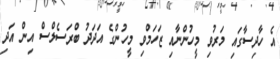
އެ ހާދިސާގައި މަރުވި މީހުންނާއި ޒަހަމްވި މީހުންގެ އަދަދު ބްރަސެލްސް އިން އަދި